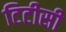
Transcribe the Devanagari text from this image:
टिटीसी